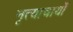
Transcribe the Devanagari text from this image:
नृत्याचार्यों